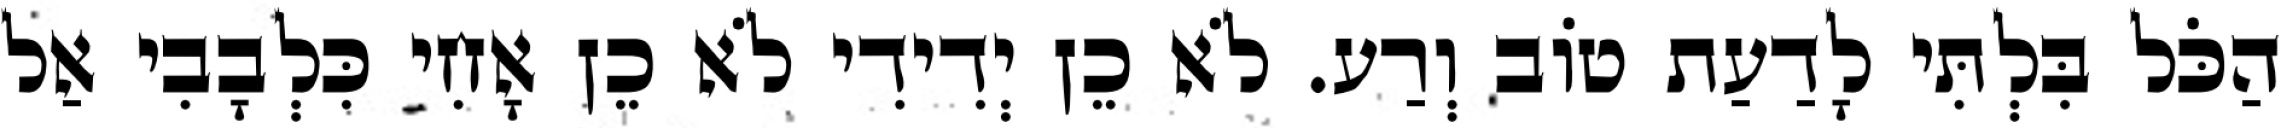
הַכֹּל בִּלְתִּי לָדַעַת טוֹב וְרַע. לֹא כֵן יְדִידִי לֹא כֵן אָחִי כִּלְבָבִי אַל